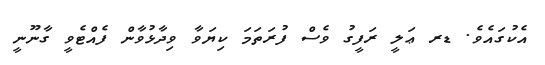
އެކުގައެވެ. ޑރ ޢަލީ ރަފީގު ވެސް ފުރަތަމަ ކިޔަވާ ވިދާޅުވާން ފެއްޓެވީ ގާނޫނީ